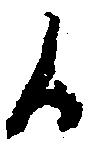
候